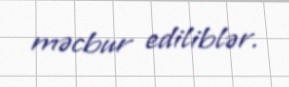
məcbur ediliblər.